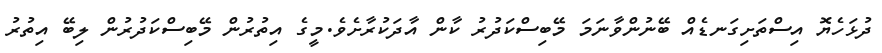
ދުޅަހެޔޮ އިސްތަށިގަނޑެއް ބޭނުންވާނަމަ މޭބިސްކަދުރު ކާން އާދަކުރާށެވެ.މީގެ އިތުރުން މޭބިސްކަދުރުން ލިބޭ އިތުރު